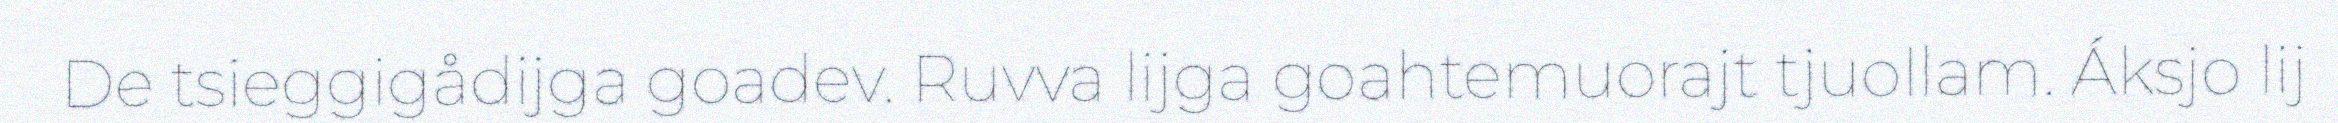
De tsieggigådijga goadev. Ruvva lijga goahtemuorajt tjuollam. Áksjo lij